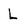
Character: L